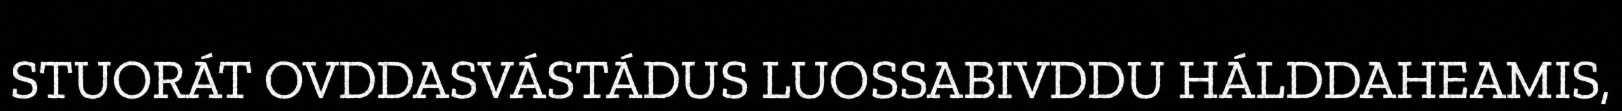
STUORÁT OVDDASVÁSTÁDUS LUOSSABIVDDU HÁLDDAHEAMIS,